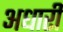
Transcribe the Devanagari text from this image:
अधारी